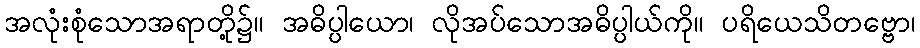
အလုံးစုံသောအရာတို့၌။ အဓိပ္ပါယော၊ လိုအပ်သောအဓိပ္ပါယ်ကို။ ပရိယေသိတဗ္ဗော၊